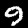
Label: 9